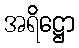
အရိဋ္ဌော